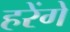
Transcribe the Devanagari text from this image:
हरेंगे